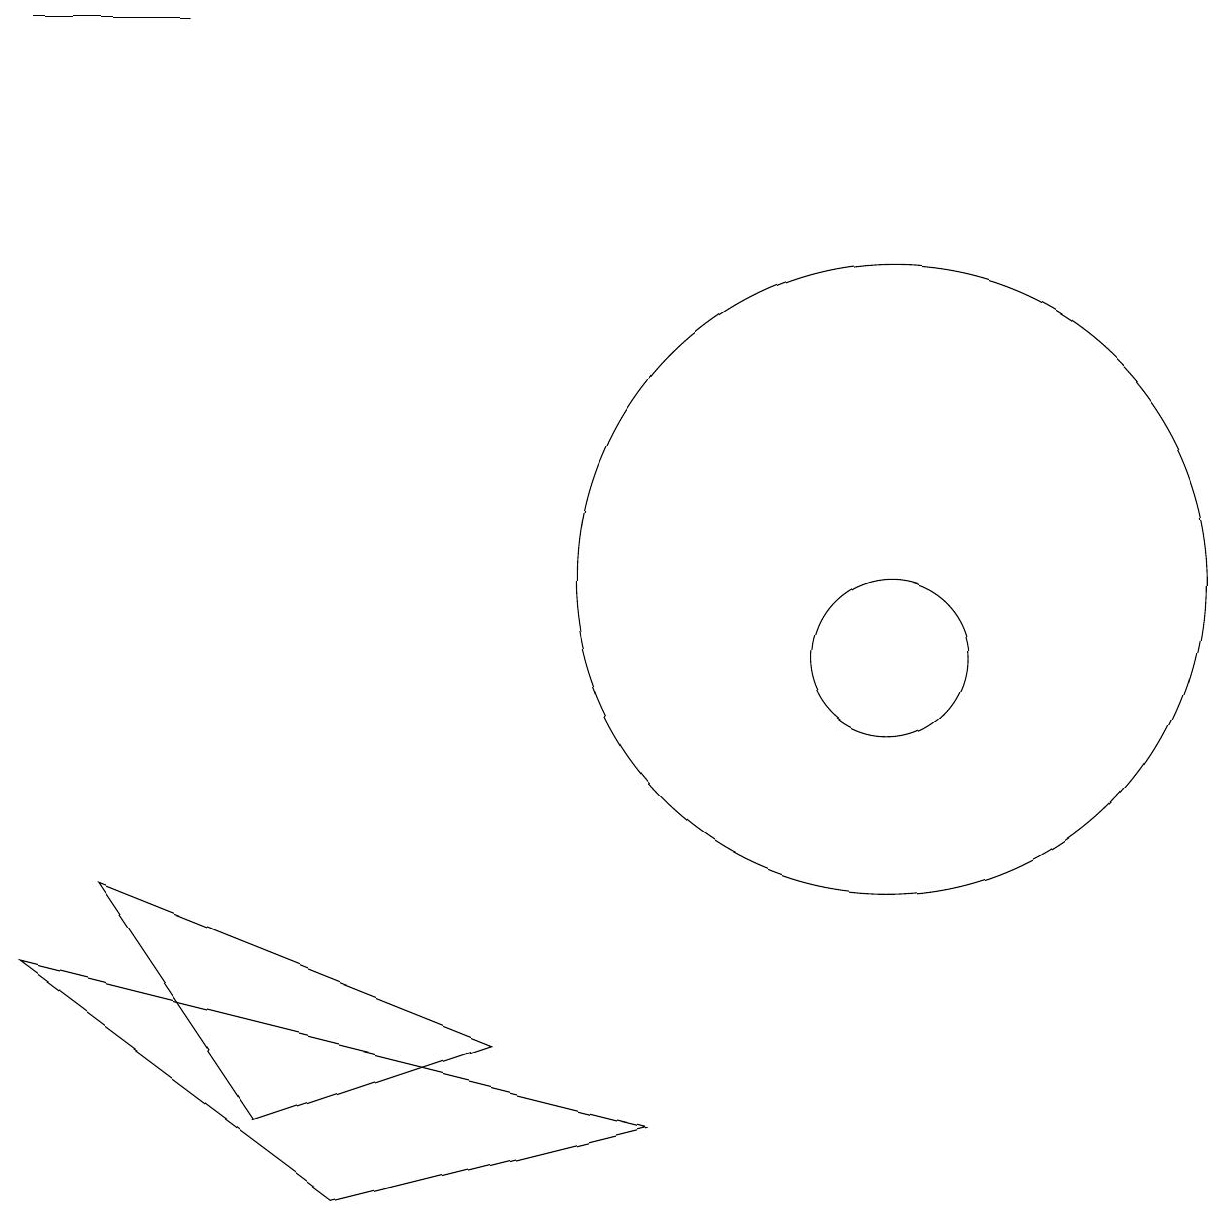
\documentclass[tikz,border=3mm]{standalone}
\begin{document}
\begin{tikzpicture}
\draw (2,18) rectangle (0,18);
\draw (0,6) -- (8,4) -- (4,3) -- cycle;
\draw (11,11) circle (4);
\draw (11,10) circle (1);
\draw (6,5) -- (1,7) -- (3,4) -- cycle;
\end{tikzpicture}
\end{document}